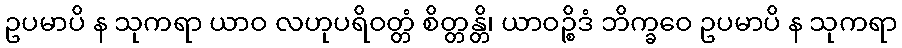
ဥပမာပိ န သုကရာ ယာဝ လဟုပရိဝတ္တံ စိတ္တန္တိ၊ ယာဝဉ္စိဒံ ဘိက္ခဝေ ဥပမာပိ န သုကရာ